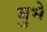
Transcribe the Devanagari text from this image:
चुभे